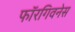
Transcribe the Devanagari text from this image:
फॉरगिवनेस